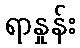
ရာနှုန်း